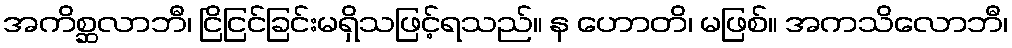
အကိစ္ဆလာဘီ၊ ငြိငြင်ခြင်းမရှိသဖြင့်ရသည်။ န ဟောတိ၊ မဖြစ်။ အကသိလောဘီ၊